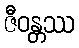
ဇီဝန္တဿ